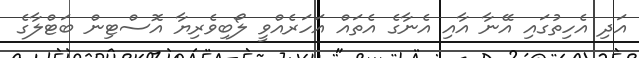
އަދިި އެހިތުގައި އޭނާ އާއި އެނާގެ އެތައް އަހަރެއްވީ ލޯބިވެރިޔާ އޮސްޓިން ބަޓްލާގެ